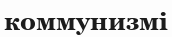
коммунизмі